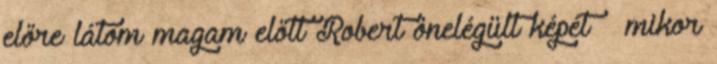
előre látom magam előtt Robert önelégült képét – mikor